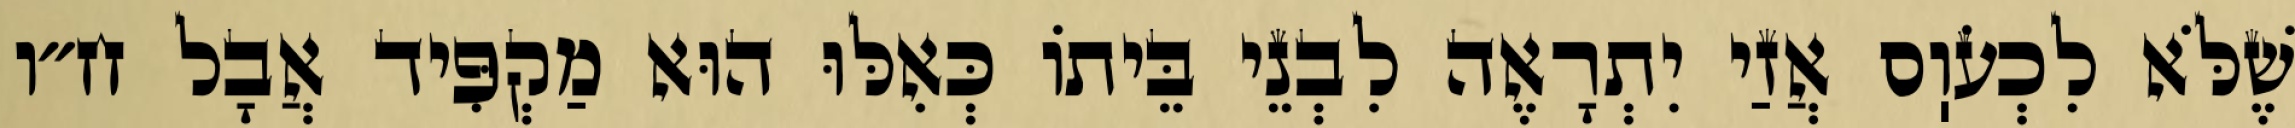
שֶׁלֹּא לִכְעֹוֽס אֲזַי יִתְרָאֶה לִבְנֵי בֵּיתוֹ כְּאִלּוּ הוּא מַקְפִּיד אֲבָל ח״ו